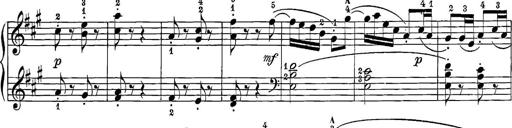
Title: 12 Sonatine per Pianoforte
Composer: Friedrich Kuhlau